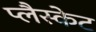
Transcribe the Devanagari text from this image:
प्लैस्केट